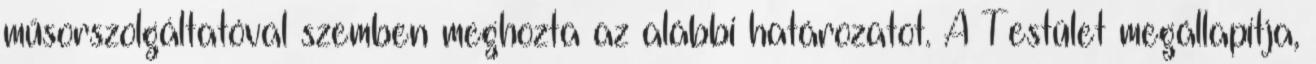
műsorszolgáltatóval szemben meghozta az alábbi határozatot. A Testület megállapítja,